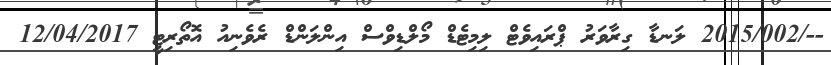
--/2015/002 ލަނޑާ ގިރާވަރު ޕްރައިވެޓް ލިމިޓެޑް މޯލްޑިވްސް އިންލަންޑް ރެވެނިއު އޮތޯރިޓީ 12/04/2017